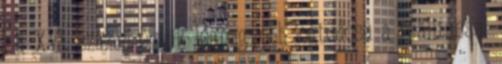
, a XVI. század egyik legnagyobb jogtudósa a realitással